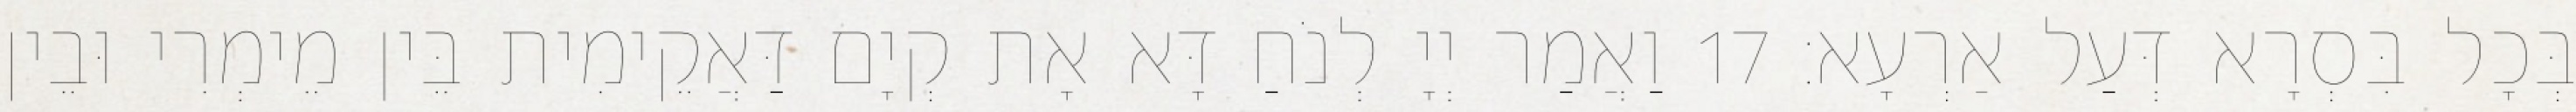
בְּכָל בִּסְרָא דְּעַל אַרְעָא׃ 17 וַאֲמַר יְיָ לְנֹחַ דָּא אָת קְיָם דַּאֲקֵימִית בֵּין מֵימְרִי וּבֵין